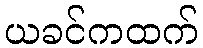
ယခင်ကထက်